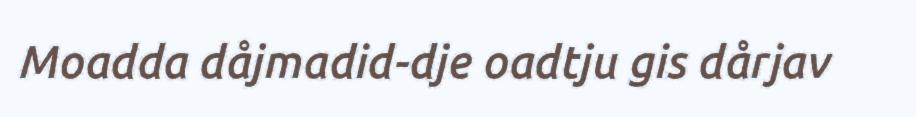
Moadda dåjmadid-dje oadtju gis dårjav